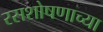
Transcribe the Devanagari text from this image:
रसशोषणाच्या